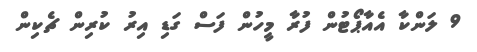
9 ލަންކާ އެއާޕޯޓުން ފުރާ މީހުން ފަސް ގަޑި އިރު ކުރިން ޗެކިން